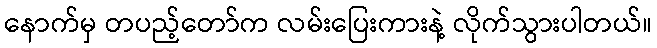
နောက်မှ တပည့်တော်က လမ်းပြေးကားနဲ့ လိုက်သွားပါတယ်။